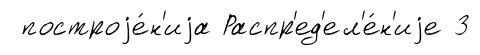
построjе́н'иjа Распр'ед'ел'е́н'иjе 3